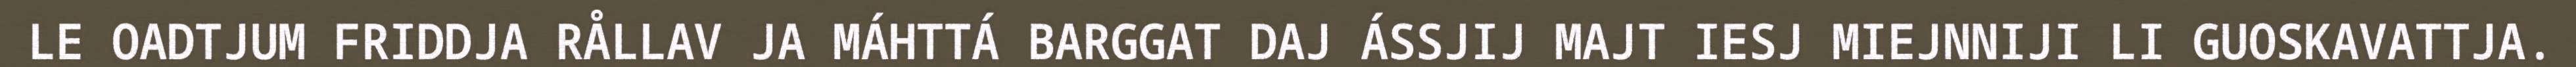
LE OADTJUM FRIDDJA RÅLLAV JA MÁHTTÁ BARGGAT DAJ ÁSSJIJ MAJT IESJ MIEJNNIJI LI GUOSKAVATTJA.